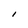
Character: l